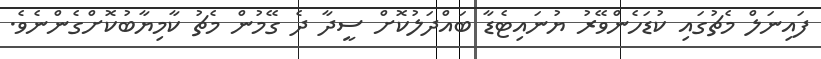
ފައިނަލް މެޗުގައި ކުޑަހެންވޭރު ޔުނައިޓެޑާ ބައްދަލުކޮށް ސީދާ ދެ ގޭމުން މެޗު ކާމިޔާބުކޮށްގެންނެވެ.